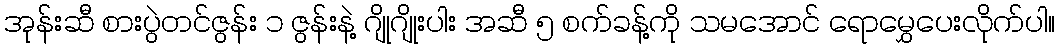
အုန်းဆီ စားပွဲတင်ဇွန်း ၁ ဇွန်းနဲ့ ဂျိုဂျိုးပါး အဆီ ၅ စက်ခန့်ကို သမအောင် ရောမွှေပေးလိုက်ပါ။